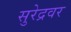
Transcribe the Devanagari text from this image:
सुरेद्रवर